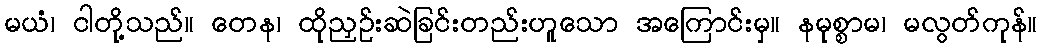
မယံ၊ ငါတို့သည်။ တေန၊ ထိုညှဉ်းဆဲခြင်းတည်းဟူသော အကြောင်းမှ။ နမုစ္စာမ၊ မလွတ်ကုန်။